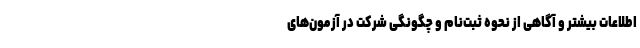
اطلاعات بیشتر و آگاهی از نحوه ثبت‌نام و چگونگی شرکت در آزمون‌های